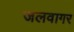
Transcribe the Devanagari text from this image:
जलवागर